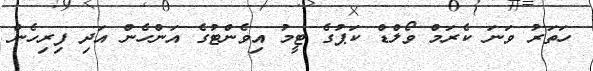
ހަތަރު ވަނަ ކެރަމް ވޯލްޑް ކަޕުގެ ޓީމު އިވެންޓުގެ އަންހެން އަދި ފިރިހެން